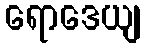
ရောဒေယျ